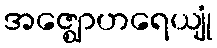
အဇ္ဈောဟရေယျုံ